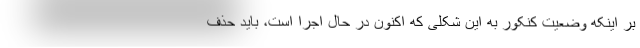
بر اینکه وضعیت کنکور به این شکلی که اکنون در حال اجرا است، باید حذف